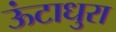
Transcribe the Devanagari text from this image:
ऊंटाधुरा